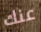
عنك